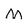
Character: M